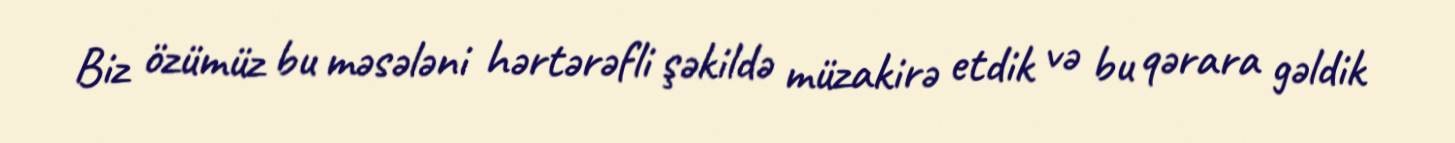
Biz özümüz bu məsələni hərtərəfli şəkildə müzakirə etdik və bu qərara gəldik